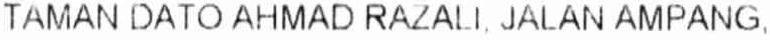
TAMAN DATO AHMAD RAZALI, JALAN AMPANG,